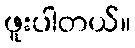
ဖူးပါတယ်။